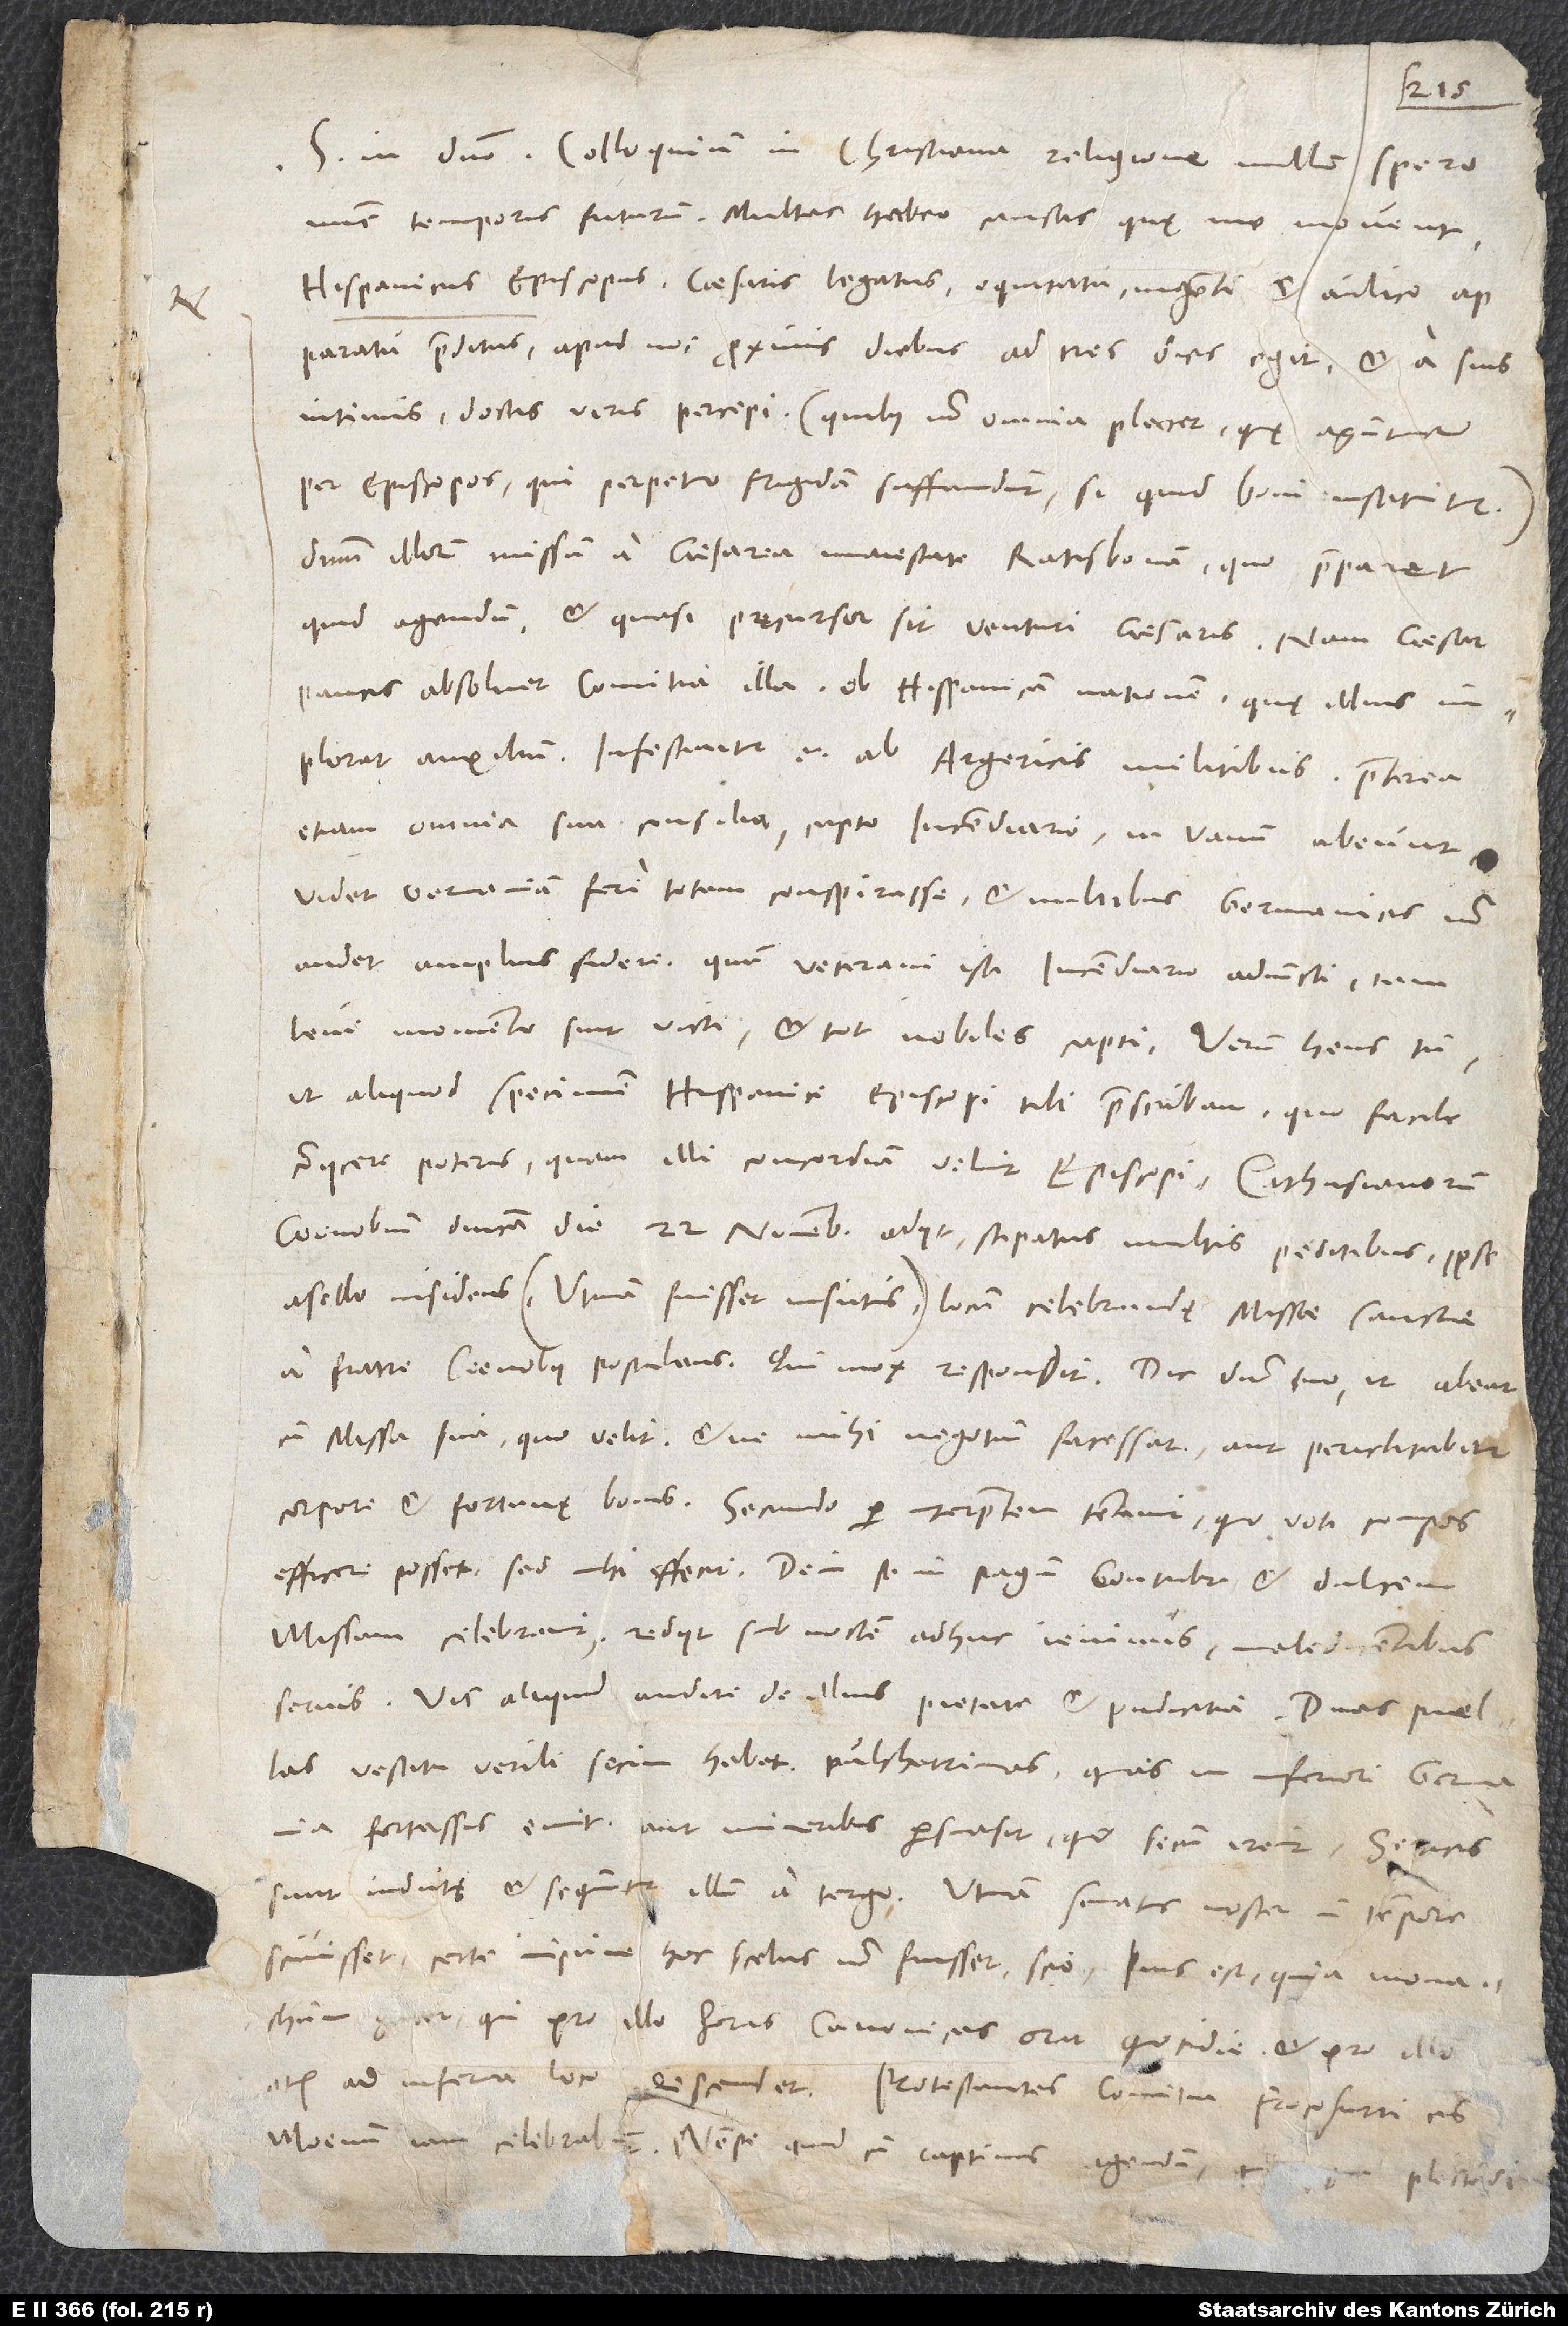
S. in domino. Colloquium in christiana religione nullum spero
nunc temporis futurum. Multas habeo causas, quę me movent.
Hispanicus episcopus, caesaris legatus, equitatu ingenti et aulico
apparatu praeditus, apud nos proximis diebus ad tres dies egit, et a suis
intimis, doctis viris, percepi (quibus non omnia placet, quę aguntur
per episcopos, qui perpetuo frigidam suffundunt, si quid boni instituitur)
dominum illorum missum a caesarea maiestate Ratisbonam, quo praeparet,
quid agendum, et quasi pręcursor sit venturi caesaris. Nam caesar
paucis absolvet comitia illa ob Hispanicam nationem, quę illius
implorat auxilium. Infestantur enim ab Argericis militibus. Praeterea
etiam omnia sua consilia capto incendiario in vanum abeunt;
videt Germaniam fere totam conspirasse et militibus Germanicis non
audet amplius fidere, quum veterani isti incendiario adiuncti tam
ut aliquod specimen Hispanici episcopi tibi perscribam, quo facile
coniicere poteris, quam illi concordiam velint episcopi: Cathusianorum
coenobium dominica die 22. novembris adiit stipatus multis peditibus, ipse
asello insidens (utinam fuisset insutus!), locum celebrandę missae sanctae
a fratre coenobii postulans. Qui mox respondit: „Dic domino tuo, ut abeat
cum missa sua, quo velit, et ne mihi negotium facessat, aut periclitabitur
corpore et fortunę bonis.“ Secundo per interpretem tentavit, quo voti compos
efficere posset, sed nihil effecit. Dein se in pagum contulit et dulcem
missam celebravit. Rediit sub noctem, adhuc ieiunus, maledicentibus
servis. Vis aliquid audire de illius pietate et pudicitia? Duas puellas
vestitu virili secum habet pulcherrimas, quas in inferiori Germania
fortassis emit aut muneribus persuasit, quo secum irent; sericis
sunt indutę et sequuntur illum a tergo. Utinam senatus noster in tempore
scivisset! Certe, impune hoc scelus non fuisset, scio. Pius est, quia monachum
habet, qui pro illo horas canonicas orat quotidie et pro illo
Moenum iam celebrabunt, nempe quid cum captivis agendum, qui pęna plectendi,